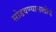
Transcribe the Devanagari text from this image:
सोडवण्यासाठीचे